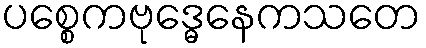
ပစ္စေကဗုဒ္ဓေနေကသတေ